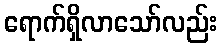
ရောက်ရှိလာသော်လည်း